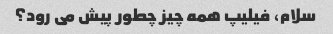
سلام، فیلیپ همه چیز چطور پیش می رود؟